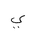
Letter: _ya